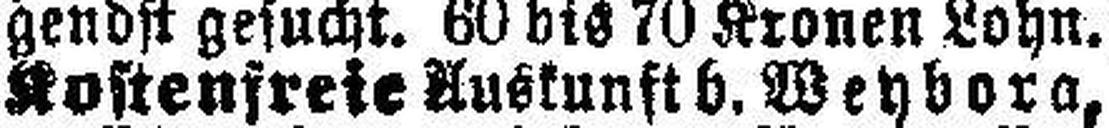
Kostenfreie Auskunft b. Weybora,